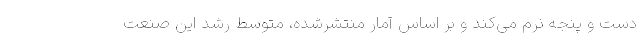
دست و پنجه نرم می‌کند و بر اساس آمار منتشرشده، متوسط رشد این صنعت